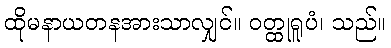
ထိုမနာယတနအားသာလျှင်။ ဝတ္ထုရူပံ၊ သည်။